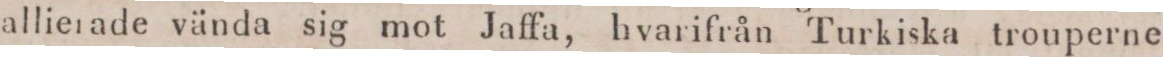
allierade vända sig mot Jaffa, hvarifrån Turkiska trouperne